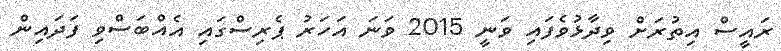
ރައީސް އިތުރަށް ވިދާޅުވެފައި ވަނީ 2015 ވަނަ އަހަރު ޕެރިސްގައި އެއްބަސްވި ފަދައިން